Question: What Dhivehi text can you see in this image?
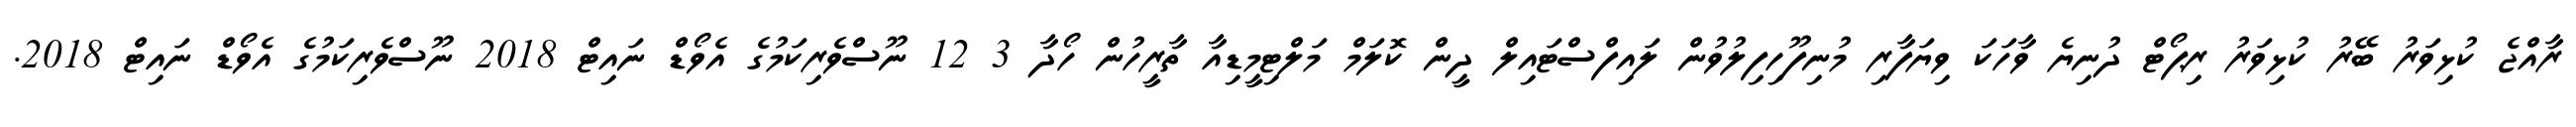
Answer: ރާއްޖެ ކުޅިވަރު ބޭރު ކުޅިވަރު ރިޕޯޓް ދުނިޔެ ވާހަކަ ވިޔަފާރި މުނިފޫހިފިލުވުން ލައިފްސްޓައިލް ދީން ކޮލަމް މަލްޓިމީޑިއާ ތާރީހުން ހޯދާ 3 12 ނޫސްވެރިކަމުގެ އެވޯޑް ނައިޓް 2018 ނޫސްވެރިކަމުގެ އެވޯޑް ނައިޓް 2018.